Lunatic asylums in Bengal annual reports 1912-1924 - 1912-1924
Year: 1912
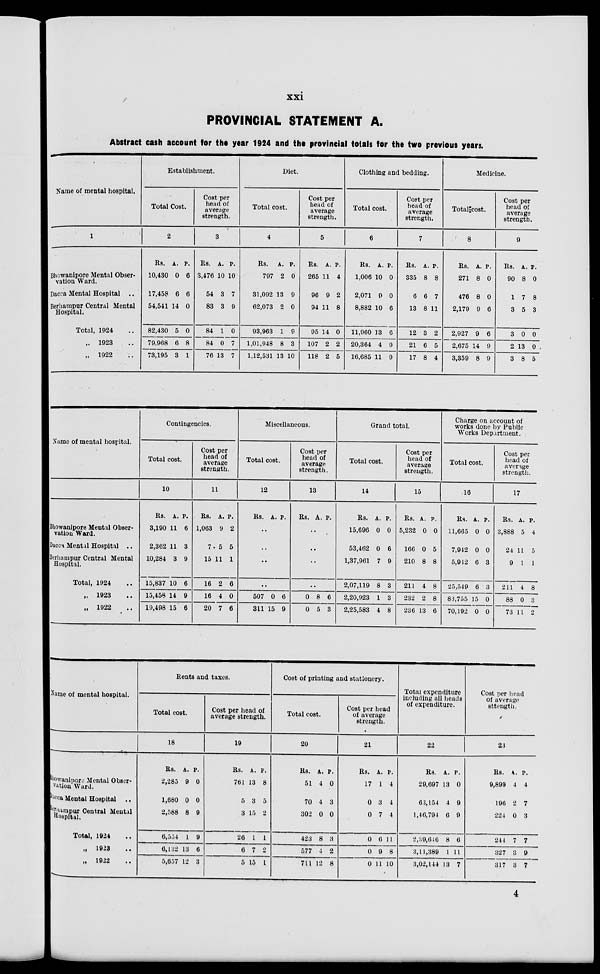
xxi
PROVINCIAL STATEMENT A.
Abstract cash account for the year 1924 and the provincial totals for the two previous years.
Name of mental hospital.
1
Bhowanipore Mental Obser-
vation Ward.
Dacca Mental Hospital
..
Berhampur Central Mental
Hospital.
Total, 1924 ..
„ 1923 ..
„ 1922 ..
Establishment.
Total Cost.
2
Rs.
10,430
17,458
54,541
82,430
79,968
73,195
A.
0
6
14
5
6
3
P.
6
6
0
0
8
1
Cost per
head of
average
strength.
3
Rs.
3,476
54
83
84
84
76
A.
10
3
3
1
0
13
P.
10
7
9
0
7
7
Diet.
Total cost.
4
Rs.
797
31,092
62,073
93,963
1,01,948
1,12,531
A.
2
13
2
1
8
13
P.
0
9
0
9
3
10
Cost per
head of
average
strength.
5
Rs.
265
96
94
95
107
118
A.
11
9
11
14
2
2
P.
4
2
8
0
2
5
Clothing and bedding.
Total cost.
6
Rs.
1,006
2,071
8,882
11,960
20,364
16,685
A.
10
9
10
13
4
11
P.
0
0
6
6
9
9
Cost per
head of
average
strength.
7
Rs.
335
6
13
12
21
17
A.
8
6
8
3
6
8
P.
8
7
11
2
5
4
Medicine.
Total cost.
8
Rs.
271
476
2,179
2,927
2,675
3,359
A.
8
8
9
9
14
8
P.
0
0
6
6
9
9
Cost per
head of
average
strength.
9
Rs.
90
1
3
3
2
3
A.
8
7
5
0
13
8
P.
0
8
3
0
0
5
Name of mental hospital.
Bhowanipore Mental Obser-
vation Ward.
Dacca Mental Hospital
..
Berhampur Central Mental
Hospital.
Total, 1924 ..
„ 1923 ..
„ 1922 ..
Contingencies.
Total cost.
10
Rs.
3,190
2,362
10,284
15,837
15,458
19,498
A.
11
11
3
10
14
15
P.
6
3
9
6
9
6
Cost per
head of
average
strength.
11
Rs.
1,063
7
15
16
16
20
A.
9
5
11
2
4
7
P.
2
5
1
6
0
6
Miscellaneous.
Total cost.
12
Rs. A. P.
..
..
..
..
507
311
0
15
6
9
Cost per
head of
average
strength.
13
Rs. A. P.
..
..
..
..
0
0
8
5
6
3
Grand total.
Total cost.
14
Rs.
15,696
53,462
1,37,961
2,07,119
2,20,923
2,25,583
A.
0
0
7
8
1
4
P.
0
6
9
3
3
8
Cost per
head of
average
strength.
15
Rs.
5,232
166
210
211
232
236
A.
0
0
8
4
2
13
P.
0
5
8
8
8
6
Charge on account of
works done by Public
Works Department.
Total cost.
16
Rs.
11,665
7,942
5,942
25,549
83,755
70,192
A.
0
0
6
6
15
0
P.
0
0
3
3
0
0
Cost per
head of
average
strength.
17
Rs.
3,888
24
9
211
88
73
A.
5
11
1
4
0
11
P.
4
5
1
8
3
2
Name of mental hospital.
Bhowanipore Mental Obser-
vation Ward.
Dacca Mental Hospital
..
Berhampur Central Mental
Hospital.
Total, 1924 ..
„ 1923 ..
„ 1922 ..
Rents and taxes.
Total cost.
18
Rs.
2,285
1,680
2,588
6,554
6,132
5,657
A.
9
0
8
1
13
12
P.
0
0
9
9
6
3
Cost per head of
average strength.
19
Rs.
761
5
3
26
6
5
A.
13
3
15
1
7
15
P.
8
5
2
1
2
1
Cost of printing and stationery.
Total cost.
20
Rs.
51
70
302
423
577
711
A.
4
4
0
8
4
12
P.
0
3
0
3
2
8
Cost per head
of average
strength.
21
Rs.
17
0
0
0
0
0
A.
1
3
7
6
9
11
P.
4
4
4
11
8
10
Total expenditure
including all heads
of expenditure.
22
Rs.
29,697
63,154
1,46,794
2,39,646
3,11,389
3,02,144
A.
13
4
6
8
1
13
P.
0
9
9
6
11
7
Cost per head
of average
strength.
23
Rs.
9,899
196
224
244
327
317
A.
4
2
0
7
3
3
P.
4
7
3
7
9
7
4